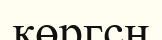
көргсн